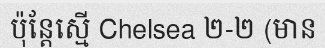
ប៉ុន្តែស្មើ Chelsea ២-២ (មាន